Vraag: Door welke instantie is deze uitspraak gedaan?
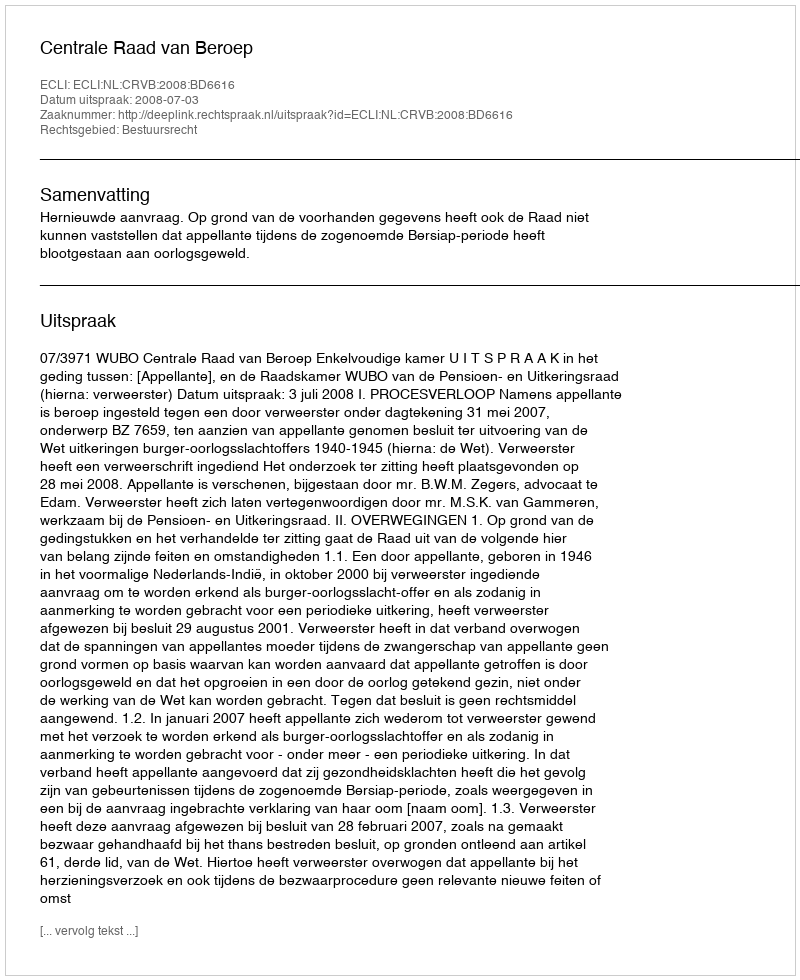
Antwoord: Centrale Raad van Beroep